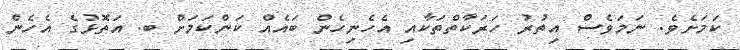
ކަމަށެވެ. ނަމަވެސް އިތުރު ހަރަކާތްތަކާއި އެހެނިހެން ބައެއް ކަންކަމަށް ބ. އަތޮޅުގެ އެހެން